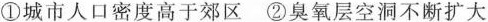
①城市人口密度高于郊区②臭氧层空洞不断扩大